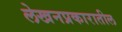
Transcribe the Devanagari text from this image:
लेखनप्रकारातील